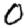
Digit: 0